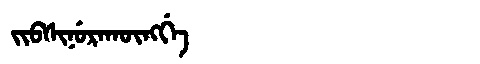
Manchu: ᠵᡳᠪᠰᡳᠨᡠᡵᠠᡴᡡᠩᡤᡝ
Romanization: JIBSINURAKŪNGGE